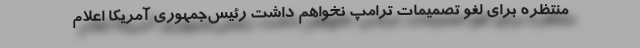
منتظره برای لغو تصمیمات ترامپ نخواهم داشت رئیس‌جمهوری آمریکا اعلام